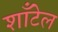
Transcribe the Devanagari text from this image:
शाँटेल